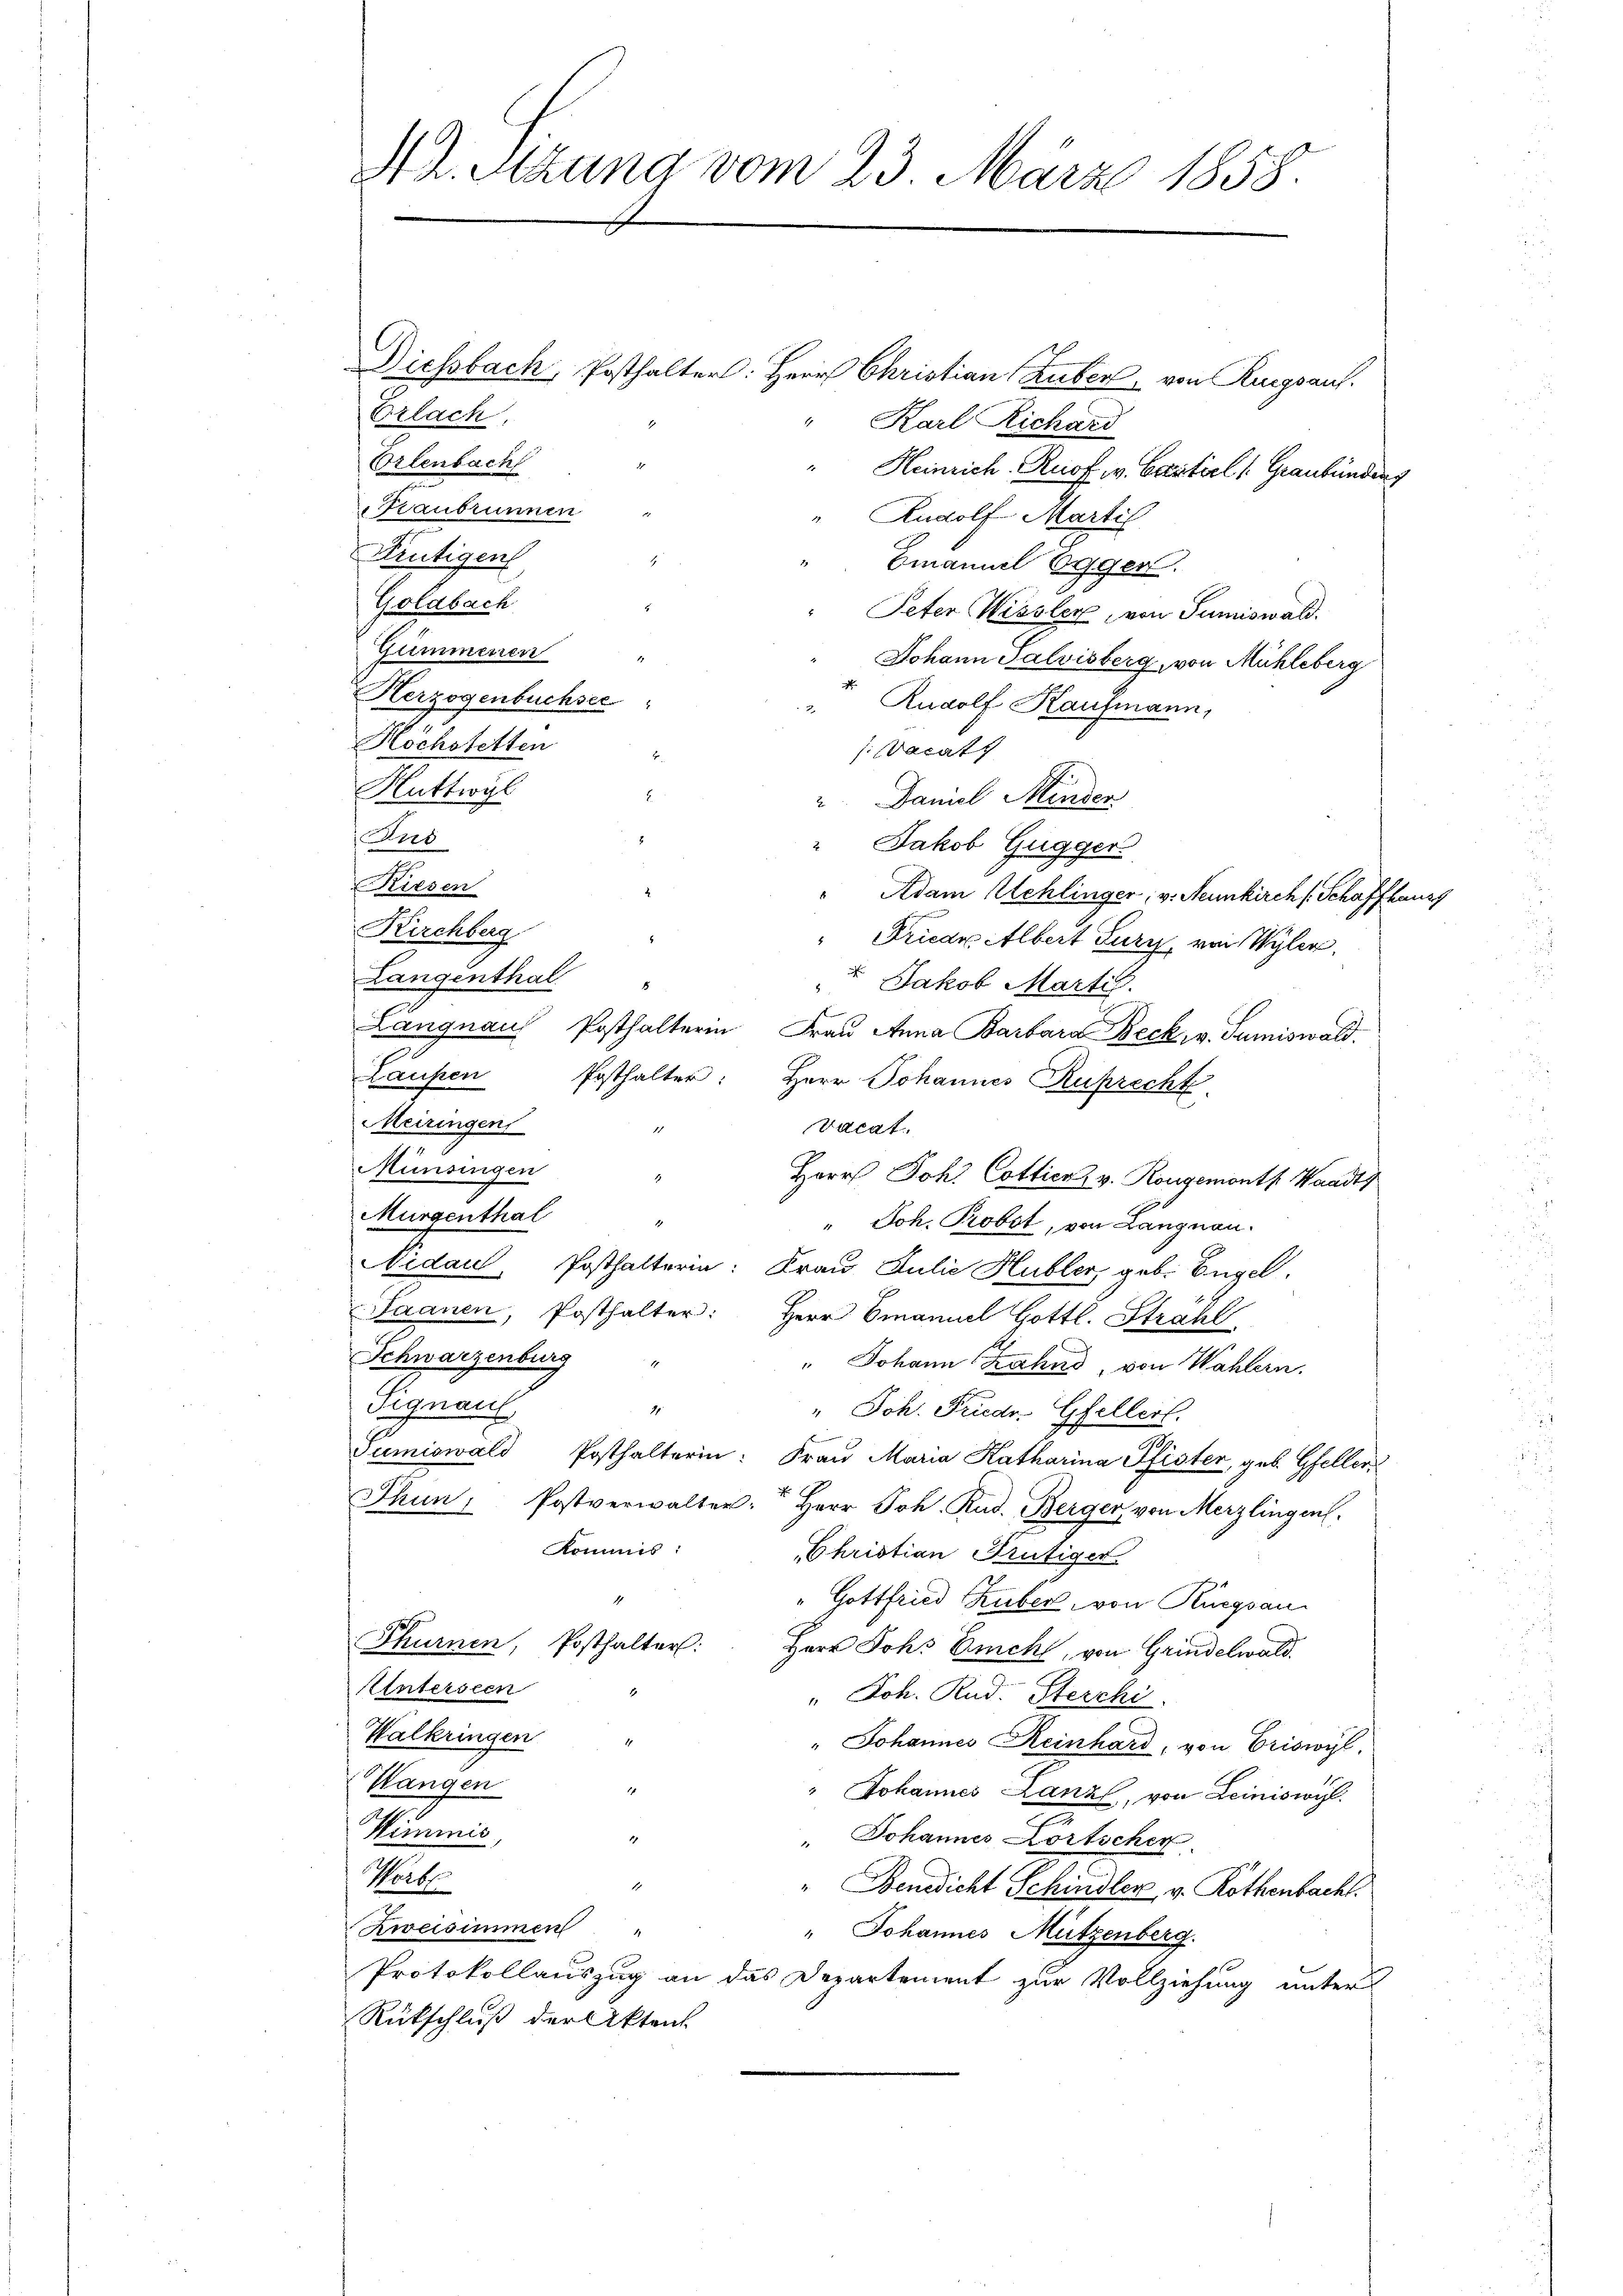
AZ. Sitzung vom 23. März 1858.

Erlach,
Orlenbach
Traubrunnen
Trütigen
Goldbach
Gummenen
Herzogenbuchsee
Höchstetten
Huttwyl
Jus
Riesen
Kachberg
Langenthal
Laufen
Meiringen
Münsingen
Murgenthal
Schwarzenburg "
Signau

Diesbach, Posthalter: Herr Christian Huber, von Rangsauf.
" Karl Richard
" Heinrich-Ruof v. Certiel (Graubünden
Rudolf Martil
" Emanuel Egger.
Peter Wissler, von Sumiswald.
Johann Salvisberg, von Mühleberg
r. Rudolf Kaufmann,
:Wacats
" Daniel Minden

Jakob Gugger
 Adam Schlinger, v. Neunkirch (Schaffhauss
" Friede Albert Fury, von Wyler
 Jakob Martil
Langnau, Posthalterin Frau Anna Barbara Beck, v. Sumiswald.
Posthalter: Herr Johannes Ruprecht
vacat.
.
Herr Joh. Cottiers v. Rongemonts Waadt
4
" Joh. Probst, von Langnau.
Nidau, Posthalterin: Frau Julie Hubler, geb. Engel.
Saanen, Posthalter: Herr Emanuel Hottl. Strahl
" Johann ahnd, von Wahlern.
8
" Joh. Friedr. Gfellerl
.
Sumiswald Posthalterin: Frau Maria Katharina Pfister, geb. Gfeller
Thun, Postverwalter: Herr Joh. Rud. Berger von Merzlingen.
Kommis:
Christian Brütiger
4
" Gottfried Huber, von Thurgau
Thurnen, Posthalter:
Herr Johs. Eichl, von Grindelwald.
Enterseen
" Joh. Rud. Sterchi
Walkringen
1
" Johannes Reinhard, von Criswyl,
Wangen
.
" Johannes Lanz, von Leiniswil
Wimmis
" Johannes Fortscher.
Hoch
1
" Benedicht Schindler v. Rothenbacht.
Zweisimmen
" Johannes Mützenberg.
Protokollauszug an das Departement zur Vollziehung unter
Rückschluß der Aktent